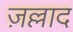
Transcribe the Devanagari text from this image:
ज़ल्लाद